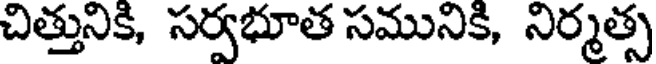
చిత్తునికి, సర్వభూత సమునికి, నిర్మత్స